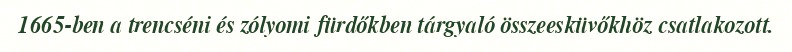
1665-ben a trencséni és zólyomi fürdőkben tárgyaló összeesküvőkhöz csatlakozott.